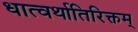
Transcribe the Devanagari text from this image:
धात्वर्थातिरिक्तम्